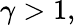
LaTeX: \gamma>1,